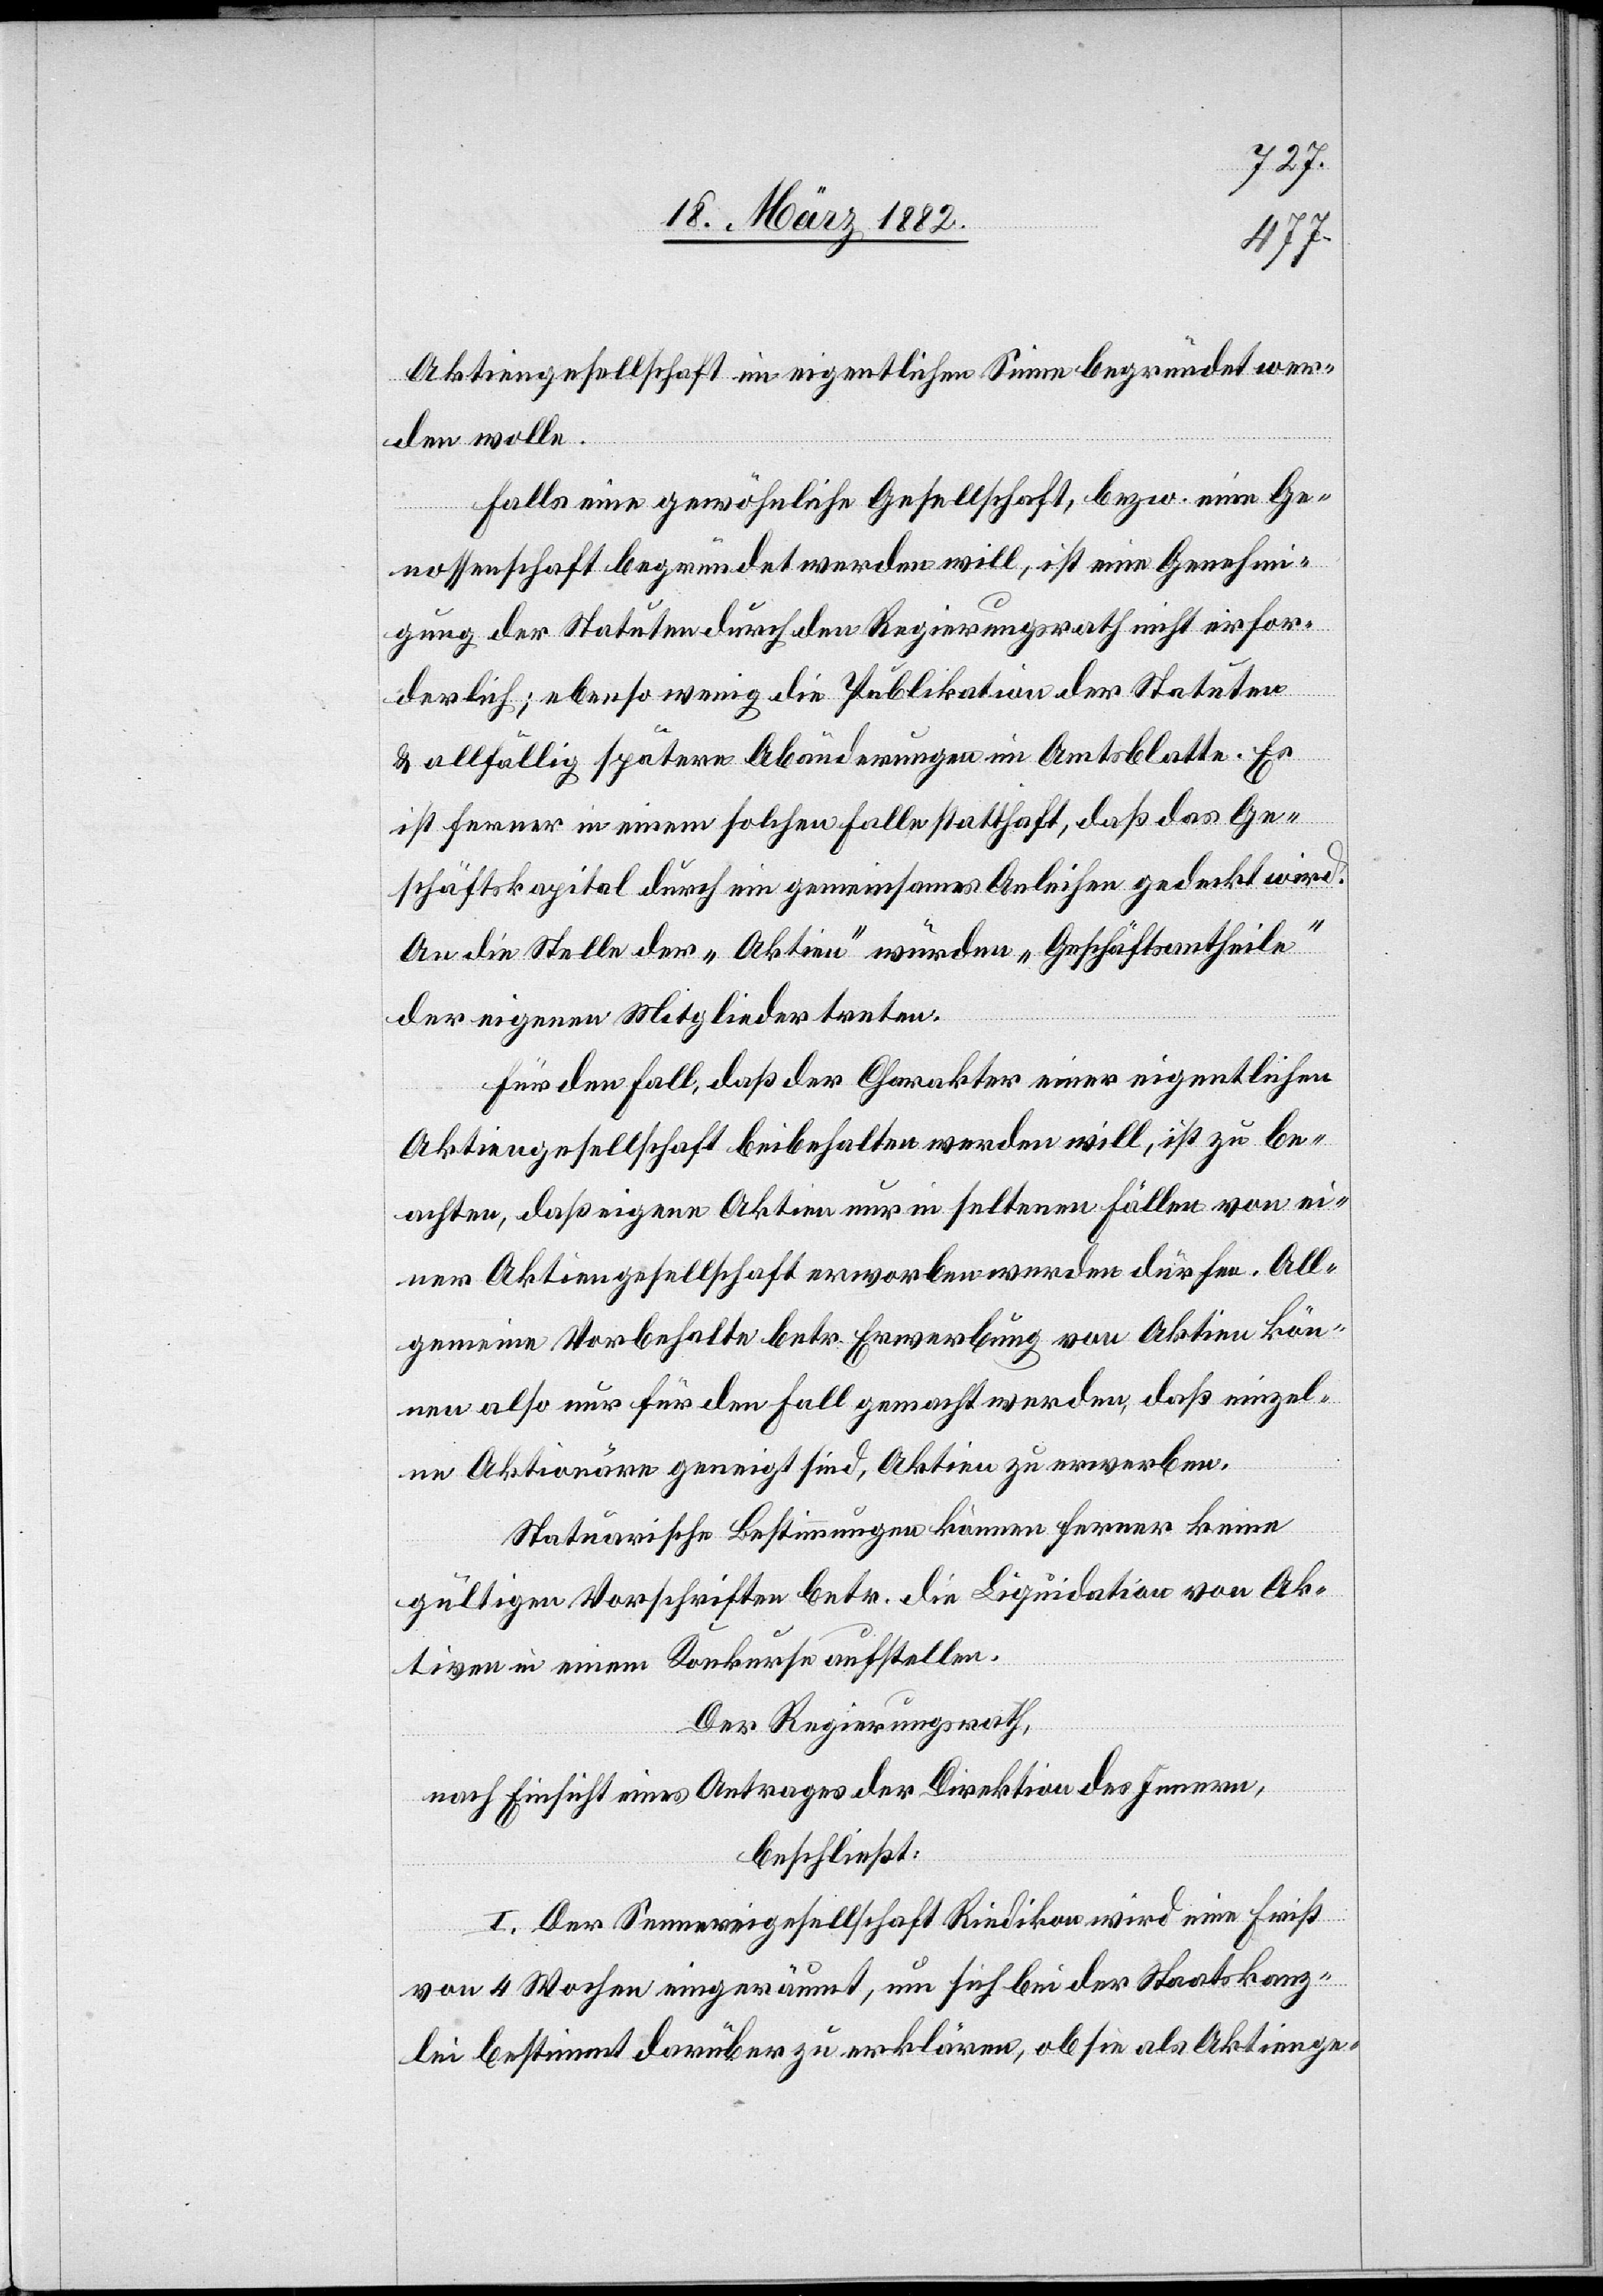
Aktiengesellschaft im eigentlichen Sinne begründet wer¬
den wolle.
Falls eine gewöhnliche Gesellschaft, bezw. eine Ge¬
nossenschaft begründet werden soll, ist eine Genehmi¬
gung der Statuten durch den Regierungsrath nicht erfor¬
derlich; ebenso wenig die Publikation der Statuten
& allfällig spätere Abänderungen im Amtsblatte. Es
ist ferner in einem solchen Falle statthaft, daß das Ge¬
schäftskapital durch ein gemeinsames Anleihen gedeckt wird.
An die Stelle der „Aktien“ würden „Geschäftstheile“
der eigenen Mitglieder treten.
Für den Fall, daß der Charakter einer eigentlichen
Aktiengesellschaft beibehalten werden will, ist zu be¬
achten, daß eigene Aktien nur in seltenen Fällen von ei¬
ner Aktiengesellschaft erworben werden dürfen. All¬
gemeine Vorbehalte betr. Erwerbung von Aktien kön¬
nen also nur für den Fall gemacht werden, daß einzel¬
ne Aktionäre geneigt sind, Aktien zu erwerben.
Statuarische Bestimmungen können ferner keine
gültigen Vorschriften betr. die Liquidation von Ak¬
tiven in einem Konkurse aufstellen.
Der Regierungsrath,
nach Einsicht eines Antrages der Direktion des Innern,
beschließt:
I. Der Sennereigesellschaft Riedikon wird eine Frist
von 4 Wochen eingeräumt, um sich bei der Staatskanz¬
lei bestimmt darüber zu erklären, ob sie als Aktienge-